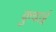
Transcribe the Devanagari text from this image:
कुचार्इ